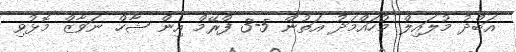
އަބްދު މުލައިލް މުހައްމަދު އަތުން 5-3 ފްރޭމް އިން ޝާހް ނަވާޒް މޮޅުވި